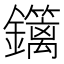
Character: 𨯽